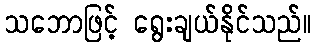
သဘောဖြင့် ရွေးချယ်နိုင်သည်။